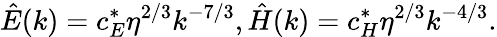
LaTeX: \hat{E}(k)=c_{E}^{*}\eta^{2/3}k^{-7/3},\hat{H}(k)=c_{H}^{*}\eta^{2/3}k^{-4/3}.